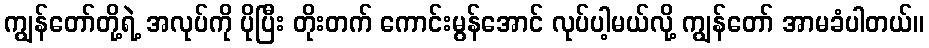
ကျွန်တော်တို့ရဲ့ အလုပ်ကို ပိုပြီး တိုးတက် ကောင်းမွန်အောင် လုပ်ပါ့မယ်လို့ ကျွန်တော် အာမခံပါတယ်။